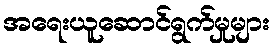
အရေးယူဆောင်ရွက်မှုများ